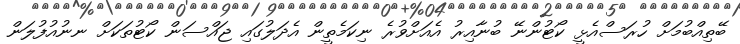
ބޭތިއްބުމަށް ހުރަސްއެޅީ ކޯޓުންނޭ ބުނާއިރު އެއަށްވުރެ ނިކަމެތީން އެދަލުގައި ޖައްސަން ކޯޓުތަކަށް ނނުއުފުލަން